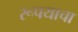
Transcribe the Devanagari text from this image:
रूपयाचा